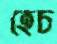
হেচ